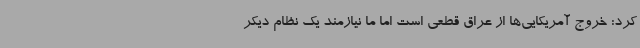
کرد: خروج آمریکایی‌ها از عراق قطعی است اما ما نیازمند یک نظام دیکر